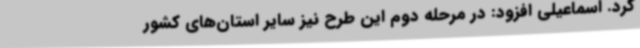
کرد. اسماعیلی افزود: در مرحله دوم این طرح نیز سایر استان‌های کشور